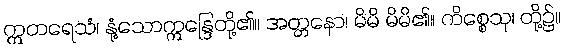
ဣတရေသံ၊ နုံ့သောဣန္ဒြေတို့၏။ အတ္တနော၊ မိမိ မိမိ၏။ ကိစ္စေသု၊ တို့၌။